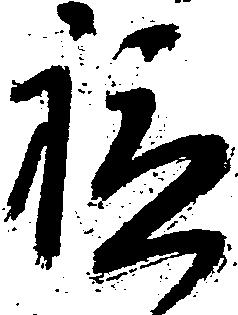
軈